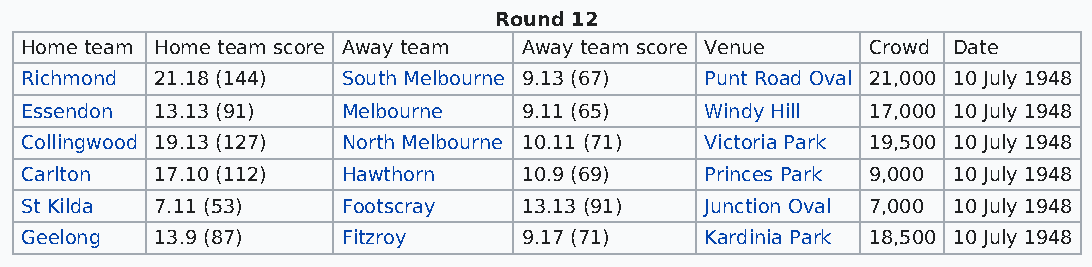
Round 12
 Home team Home team score Away team Away team score Venue Crowd Date
 Richmond 21.18 (144)  South Melbourne 9.13 (67) Punt Road Oval 21,000 10 July 1948
 Essendon 13.13 (91)   Melbourne   9.11 (65)   Windy Hill 17,000 10 July 1948
 Collingwood 19.13 (127) North Melbourne 10.11 (71) Victoria Park 19,500 10 July 1948
 Carlton  17.10 (112)  Hawthorn    10.9 (69)   Princes Park 9,000 10 July 1948
 St Kilda 7.11 (53)    Footscray   13.13 (91)  Junction Oval 7,000 10 July 1948
 Geelong  13.9 (87)    Fitzroy     9.17 (71)   Kardinia Park 18,500 10 July 1948